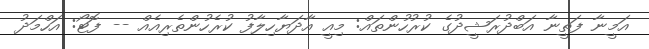
އަމީނާ ފަތީނާ އަބްދުރަޝީދުގެ ކުރުހުންތައް: މިއީ އާދަޔާހިލާފު ކުރެހުންތެރިއެއް -- ފޮޓޯ: އަހްމަދު